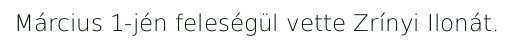
Március 1-jén feleségül vette Zrínyi Ilonát.